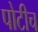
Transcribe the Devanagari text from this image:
पोटीच